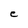
Character: C